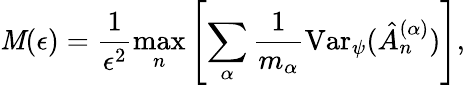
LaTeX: \mathit{M}(\epsilon)=\frac{{1}}{{\epsilon^{2}}}\operatorname*{max}_{n}\left[\sum_{\alpha}\frac{{1}}{{m_{\alpha}}}\mathrm{{Var}}_{\psi}(\hat{{A}}_{n}^{(\alpha)})\right],